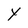
Character: Y